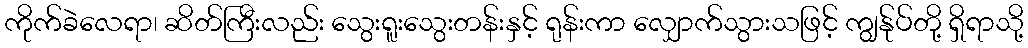
ကိုက်ခဲလေရာ၊ ဆိတ်ကြီးလည်း သွေးရူးသွေးတန်းနှင့် ရုန်းကာ လျှောက်သွားသဖြင့် ကျွန်ုပ်တို့ ရှိရာသို့